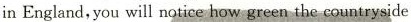
inEngland,you will notice how green the countryside